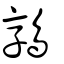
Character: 鶉